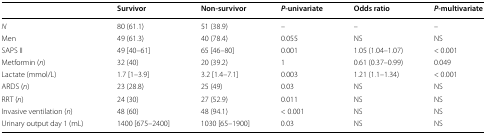
|  | Survivor | Non-survivor | P-univariate | Odds ratio | P-multivariate |
 | --- | --- | --- | --- | --- | --- |
 | N | 80 (61.1) | 51 (38.9) | – | – | – |
 | Men | 49 (61.3) | 40 (78.4) | 0.055 | NS | NS |
 | SAPS II | 49 [40–61] | 65 [46–80] | 0.001 | 1.05 (1.04–1.07) | < 0.001 |
 | Metformin (n) | 32 (40) | 20 (39.2) | 1 | 0.61 (0.37–0.99) | 0.049 |
 | Lactate (mmol/L) | 1.7 [1–3.9] | 3.2 [1.4–7.1] | 0.003 | 1.21 (1.1–1.34) | < 0.001 |
 | ARDS (n) | 23 (28.8) | 25 (49) | 0.03 | NS | NS |
 | RRT (n) | 24 (30) | 27 (52.9) | 0.011 | NS | NS |
 | Invasive ventilation (n) | 48 (60) | 48 (94.1) | < 0.001 | NS | NS |
 | Urinary output day 1 (mL) | 1400 [675–2400] | 1030 [65–1900] | 0.03 | NS | NS |